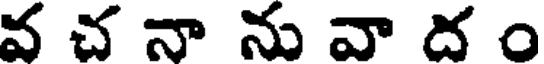
వ చ నా ను వా ద ం